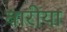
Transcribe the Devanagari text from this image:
बारीया